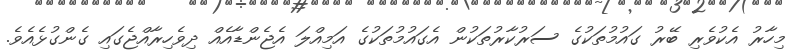
މިހާރު އެކުވެރި ބޭރު ގައުމުތަކުގެ ސަރުކާރުތަކުން އެގައުމުތަކުގެ އަމިއްލަ އެޖެންޑާއެއް ދިވެހިރާއްޖެގައި ގެންގުޅެއެވެ.